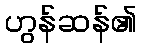
ဟွန်ဆန်၏